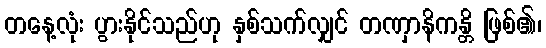
တနေ့လုံး ပွားနိုင်သည်ဟု နှစ်သက်လျှင် တဏှာနိကန္တိ ဖြစ်၏၊